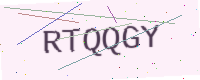
Text: RTQQGY